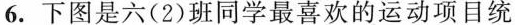
6. 下图是六( 2 )班同学最喜欢的运动项目统